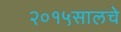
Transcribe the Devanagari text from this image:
२०१५सालचे